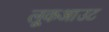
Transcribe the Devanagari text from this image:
लूकआउट